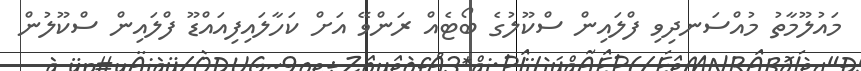
މައުލޫމާތު މުއްސަނދިވި ފްލައިން ސްކޫލުގެ ބޯޓެއް ރަންވޭ އަށް ކަހާލައިފިއައްޑޫ ފްލައިން ސްކޫލުން